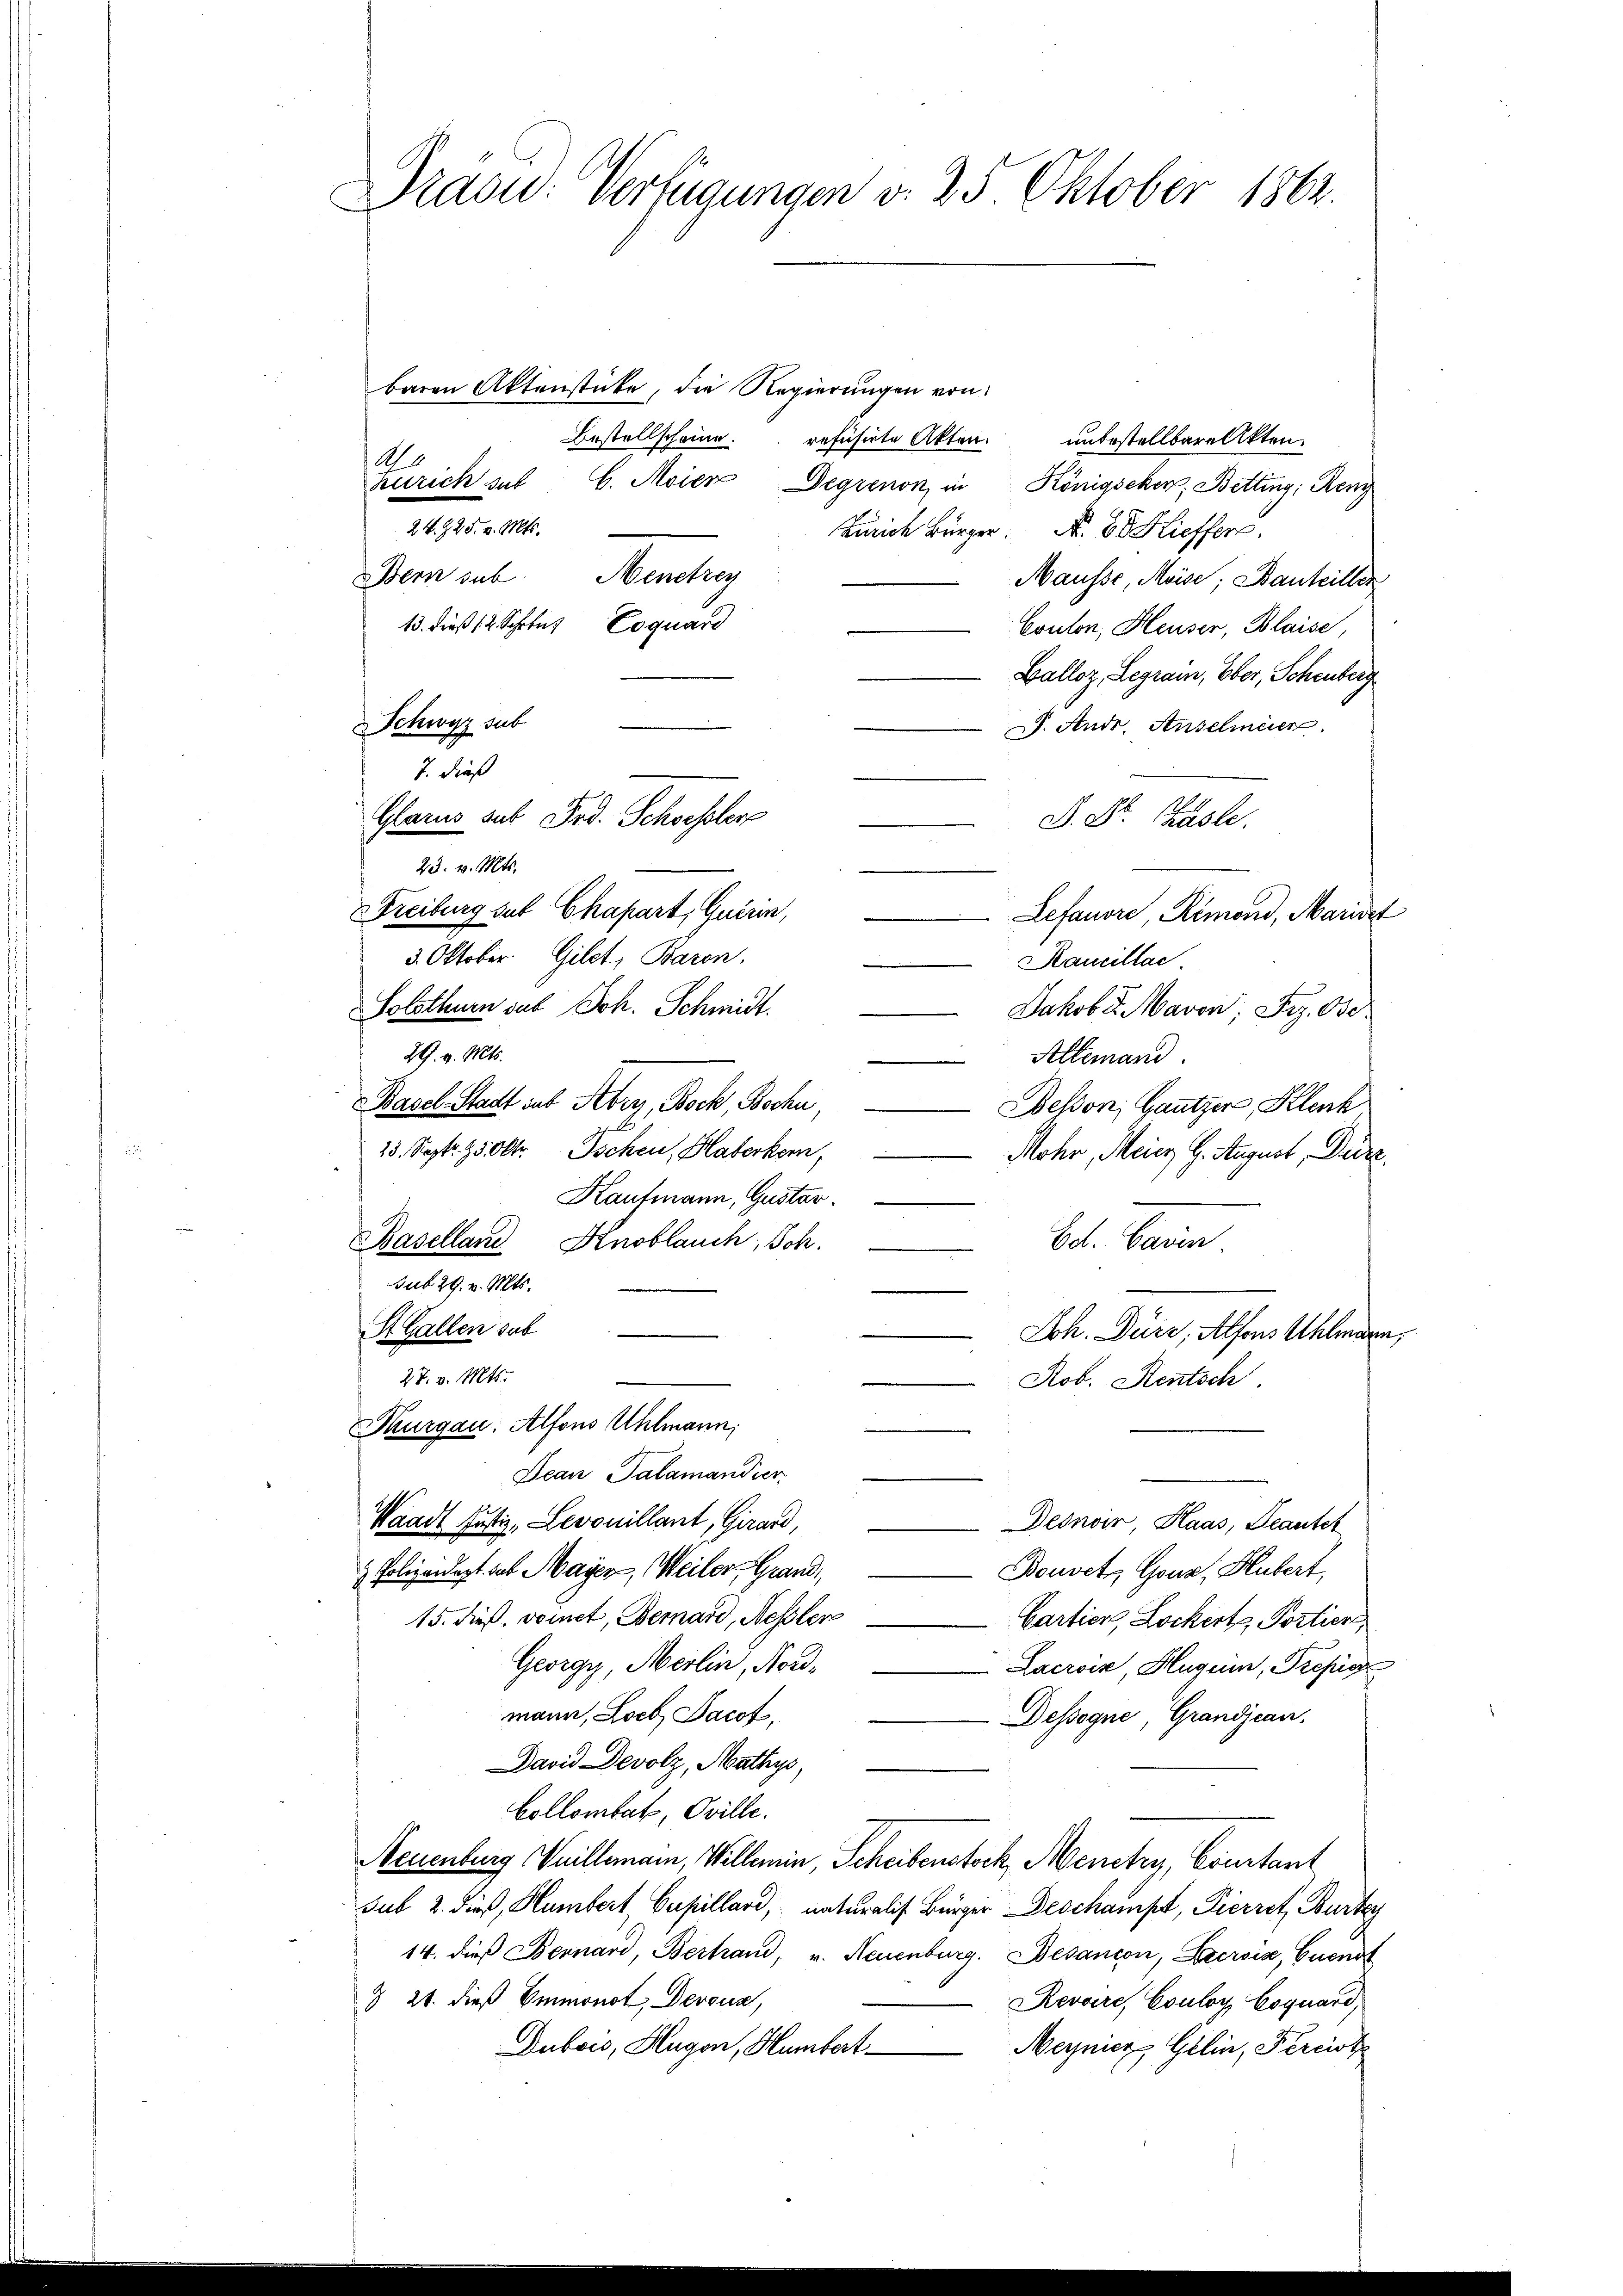
Dräs: Verfügungen d. 25 Oktober 1862.

baren Aktenstücke, die Regierungen von
Bestellscheine.
refüsirte Akten unbestellbarelikten
A
Zürich sub 6. Maier Degrenon in Königseker, Betting; Reng
24. 225. v. Mts.
Zürich Bürger No. 68 Kieffer
Bern sub. Menerey
Mausse, Meise; Bauteilten
13. dieß (2. Schren Coquard
Coulon, Heuser, Blaise,
Balloz, Legram, Ober, Schenberg
Schwyz sub
J. Andr. Ansehen
7. dieß
Glarus sub Frd. Schochsler
F. St. Phasle.
23. v. Mts.
Freiburg sub Chapart, Quirin,
Lefandre, Rimoni, Mariat
3. Oktober. Gilet, Baron.
Kaucillac
Solothurn sus Joh. Schmidt.
Jakob Sr. Maren; Frz. Ose
Rth. v. Mt.
Allemand
Basel-Stadt sub Abry, Bock, Bochn,
Beson, Gautzer, Klenk
23. Sept. 15. Oktr. Tschen, Haferkern,
Mohr, Meier, H. August, Düre.
Kaufmann, Gustar
Baselland Knoblauch, Joh.
bot. Caren.
sub 29. v. Mts.
St. Gallen sub
Joh. Dürr, Alfons Uhlmann,
27. v. Mts.
Rob. Rentsch
Thurgau: Alfons Uhlmann,
Dean Salamandier
Waadt Justiz, Levouillant, Girard,
Desnoir, Haas, Teautet
Bouvet, Gonz Hubert
 Polizeidert das Mayer, Weiler, Grand,
15. dieß, seinet, Bernard, Meßler
Cartiers, Lockert, Portien,
Georgy, Meilin, Nord¬
Lacroix, Hugein, Presig
mann, Loch Jacof,
Dessegne, Grandjean,
David Devolz, Mathys,
Collombat, Oville.
Neuenburg Vuillemann, Willemin, Scheibenstock, Menctry, Coustant
sub 2. dieß, Klumbert Cupillard, naturalis Bürger Deschampt, Pierret, Bürkey
14. dieß Bernard, Bertand, u. Neuenburg. Besançon, Bersia, Cuenst
& 24. dieß Emmonot, Devoux,
Revoire, Couloy Coquard,
Dubois, Hugen, Humbert
Meynier, Gelin, Percirt